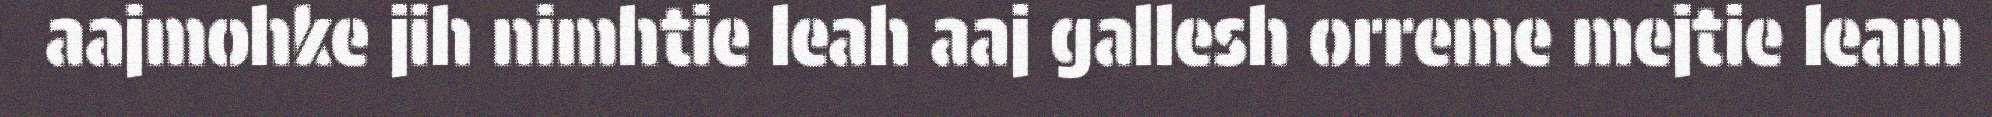
aajmohke jih nimhtie leah aaj gallesh orreme mejtie leam